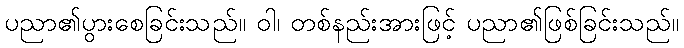
ပညာ၏ပွားစေခြင်းသည်။ ဝါ၊ တစ်နည်းအားဖြင့် ပညာ၏ဖြစ်ခြင်းသည်။